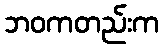
ဘဝကတည်းက